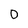
Character: O